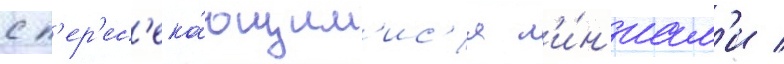
с п'ер'ес'ека́ющим'ис'я л'и́н'иам'и /